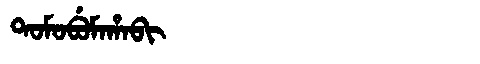
Manchu: ᡨᠣᠮᠣᠪᡠᠮᠠᡥᠠᠪᡳ
Romanization: TOMOBUMAHABI